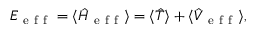
E _ { \mathrm { ~ e ~ f ~ f ~ } } = \langle \hat { H } _ { \mathrm { ~ e ~ f ~ f ~ } } \rangle = \langle \hat { T } \rangle + \langle \hat { V } _ { \mathrm { ~ e ~ f ~ f ~ } } \rangle ,